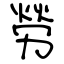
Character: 勞